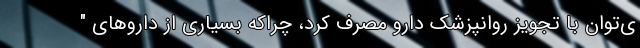
ی‌توان با تجویز روانپزشک دارو مصرف کرد، چراکه بسیاری از داروهای "